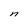
Character: n